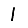
Digit: 1